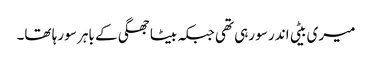
میری بیٹی اندر سو رہی تھی جبکہ بیٹا جھگی کے باہر سو رہا تھا۔